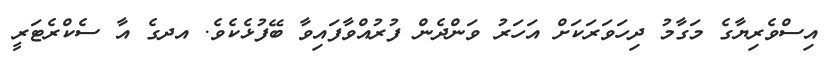
އިސްވެރިޔާގެ މަގާމު ދިހަވަރަކަށް އަހަރު ވަންދެން ފުރުއްވާފައިވާ ބޭފުޅެކެވެ. އދގެ އާ ސެކްރެޓަރީ